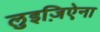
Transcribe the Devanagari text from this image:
लुइज़िऐना